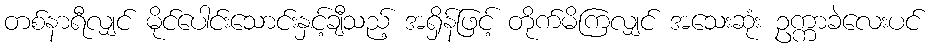
တစ်နာရီလျှင် မိုင်ပေါင်းသောင်းနှင့်ချီသည့် အရှိန်ဖြင့် တိုက်မိကြလျှင် အသေးဆုံး ဥက္ကာခဲလေးပင်